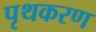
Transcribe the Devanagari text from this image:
पृथकरण